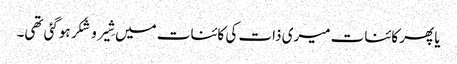
یا پھر کائنات میری ذات کی کائنات میں شِیر و شَکر ہوگئی تھی۔